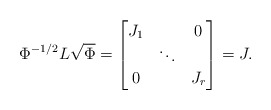
\begin{align*} \Phi^{-1/2} L \sqrt{\Phi} = \begin{bmatrix} J_1 & & 0 \\ & \ddots & \\ 0 & & J_r \end{bmatrix}= J. \end{align*}